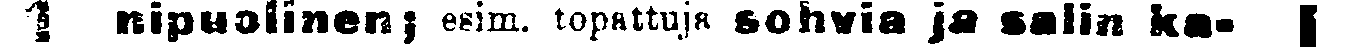
#  nipuolinen; esim topattuja sohvia ja salin ka- #